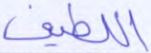
اللطيف